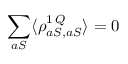
\sum _ { a S } \langle \rho _ { a S , a S } ^ { 1 \, Q } \rangle = 0